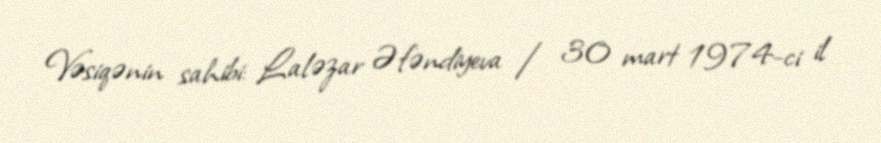
Vəsiqənin sahibi: Laləzar Əfəndiyeva / 30 mart 1974-ci il